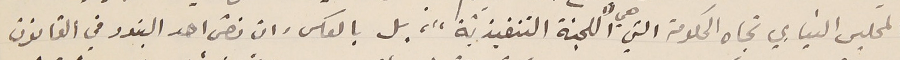
المجلس النيابي تجاه الحكومة التي هي "اللجنة التنفيذيّة"، بل بالعكس وان نصّ احد البنود في القانون